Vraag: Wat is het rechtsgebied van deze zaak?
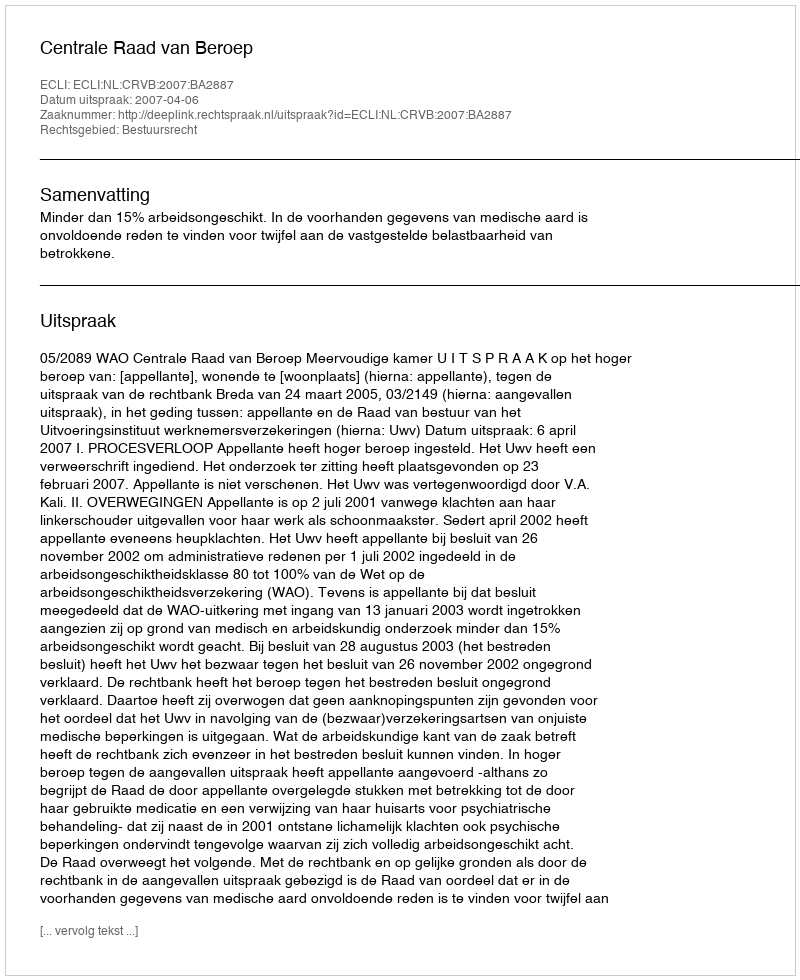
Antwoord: Bestuursrecht